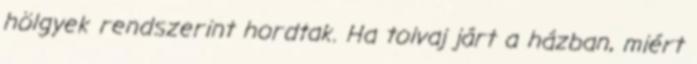
hölgyek rendszerint hordtak. Ha tolvaj járt a házban, miért